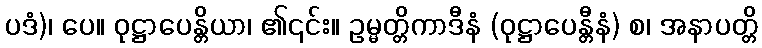
ပဒံ)၊ ပေ။ ဝုဋ္ဌာပေန္တိယာ၊ ၏၎င်း။ ဥမ္မတ္တိကာဒီနံ (ဝုဋ္ဌာပေန္တီနံ) စ၊ အနာပတ္တိ